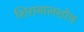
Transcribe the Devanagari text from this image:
शिरानालशोथ